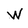
Character: W